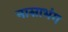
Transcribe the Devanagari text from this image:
नासाभंग